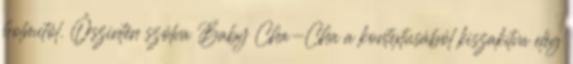
holmitól. Őszintén szólva Baby Cha-Cha a kontextusából kiszakítva elég